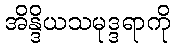
အိန္ဒိယသမုဒ္ဒရာကို